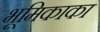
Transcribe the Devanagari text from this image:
भूमिकाका